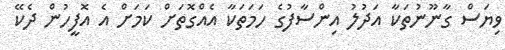
ވިޔަސް ގާނޫނުތަކާ އަދުލު އިންސާފުގެ ހަމަތަކާ އެއްގޮތަށް ކަމަށް އެ އޮފީހުން ދެކޭ